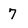
Character: 7